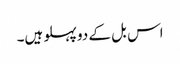
اس بل کے دو پہلو ہیں۔